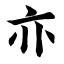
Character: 亦